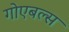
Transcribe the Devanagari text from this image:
गोएबल्स